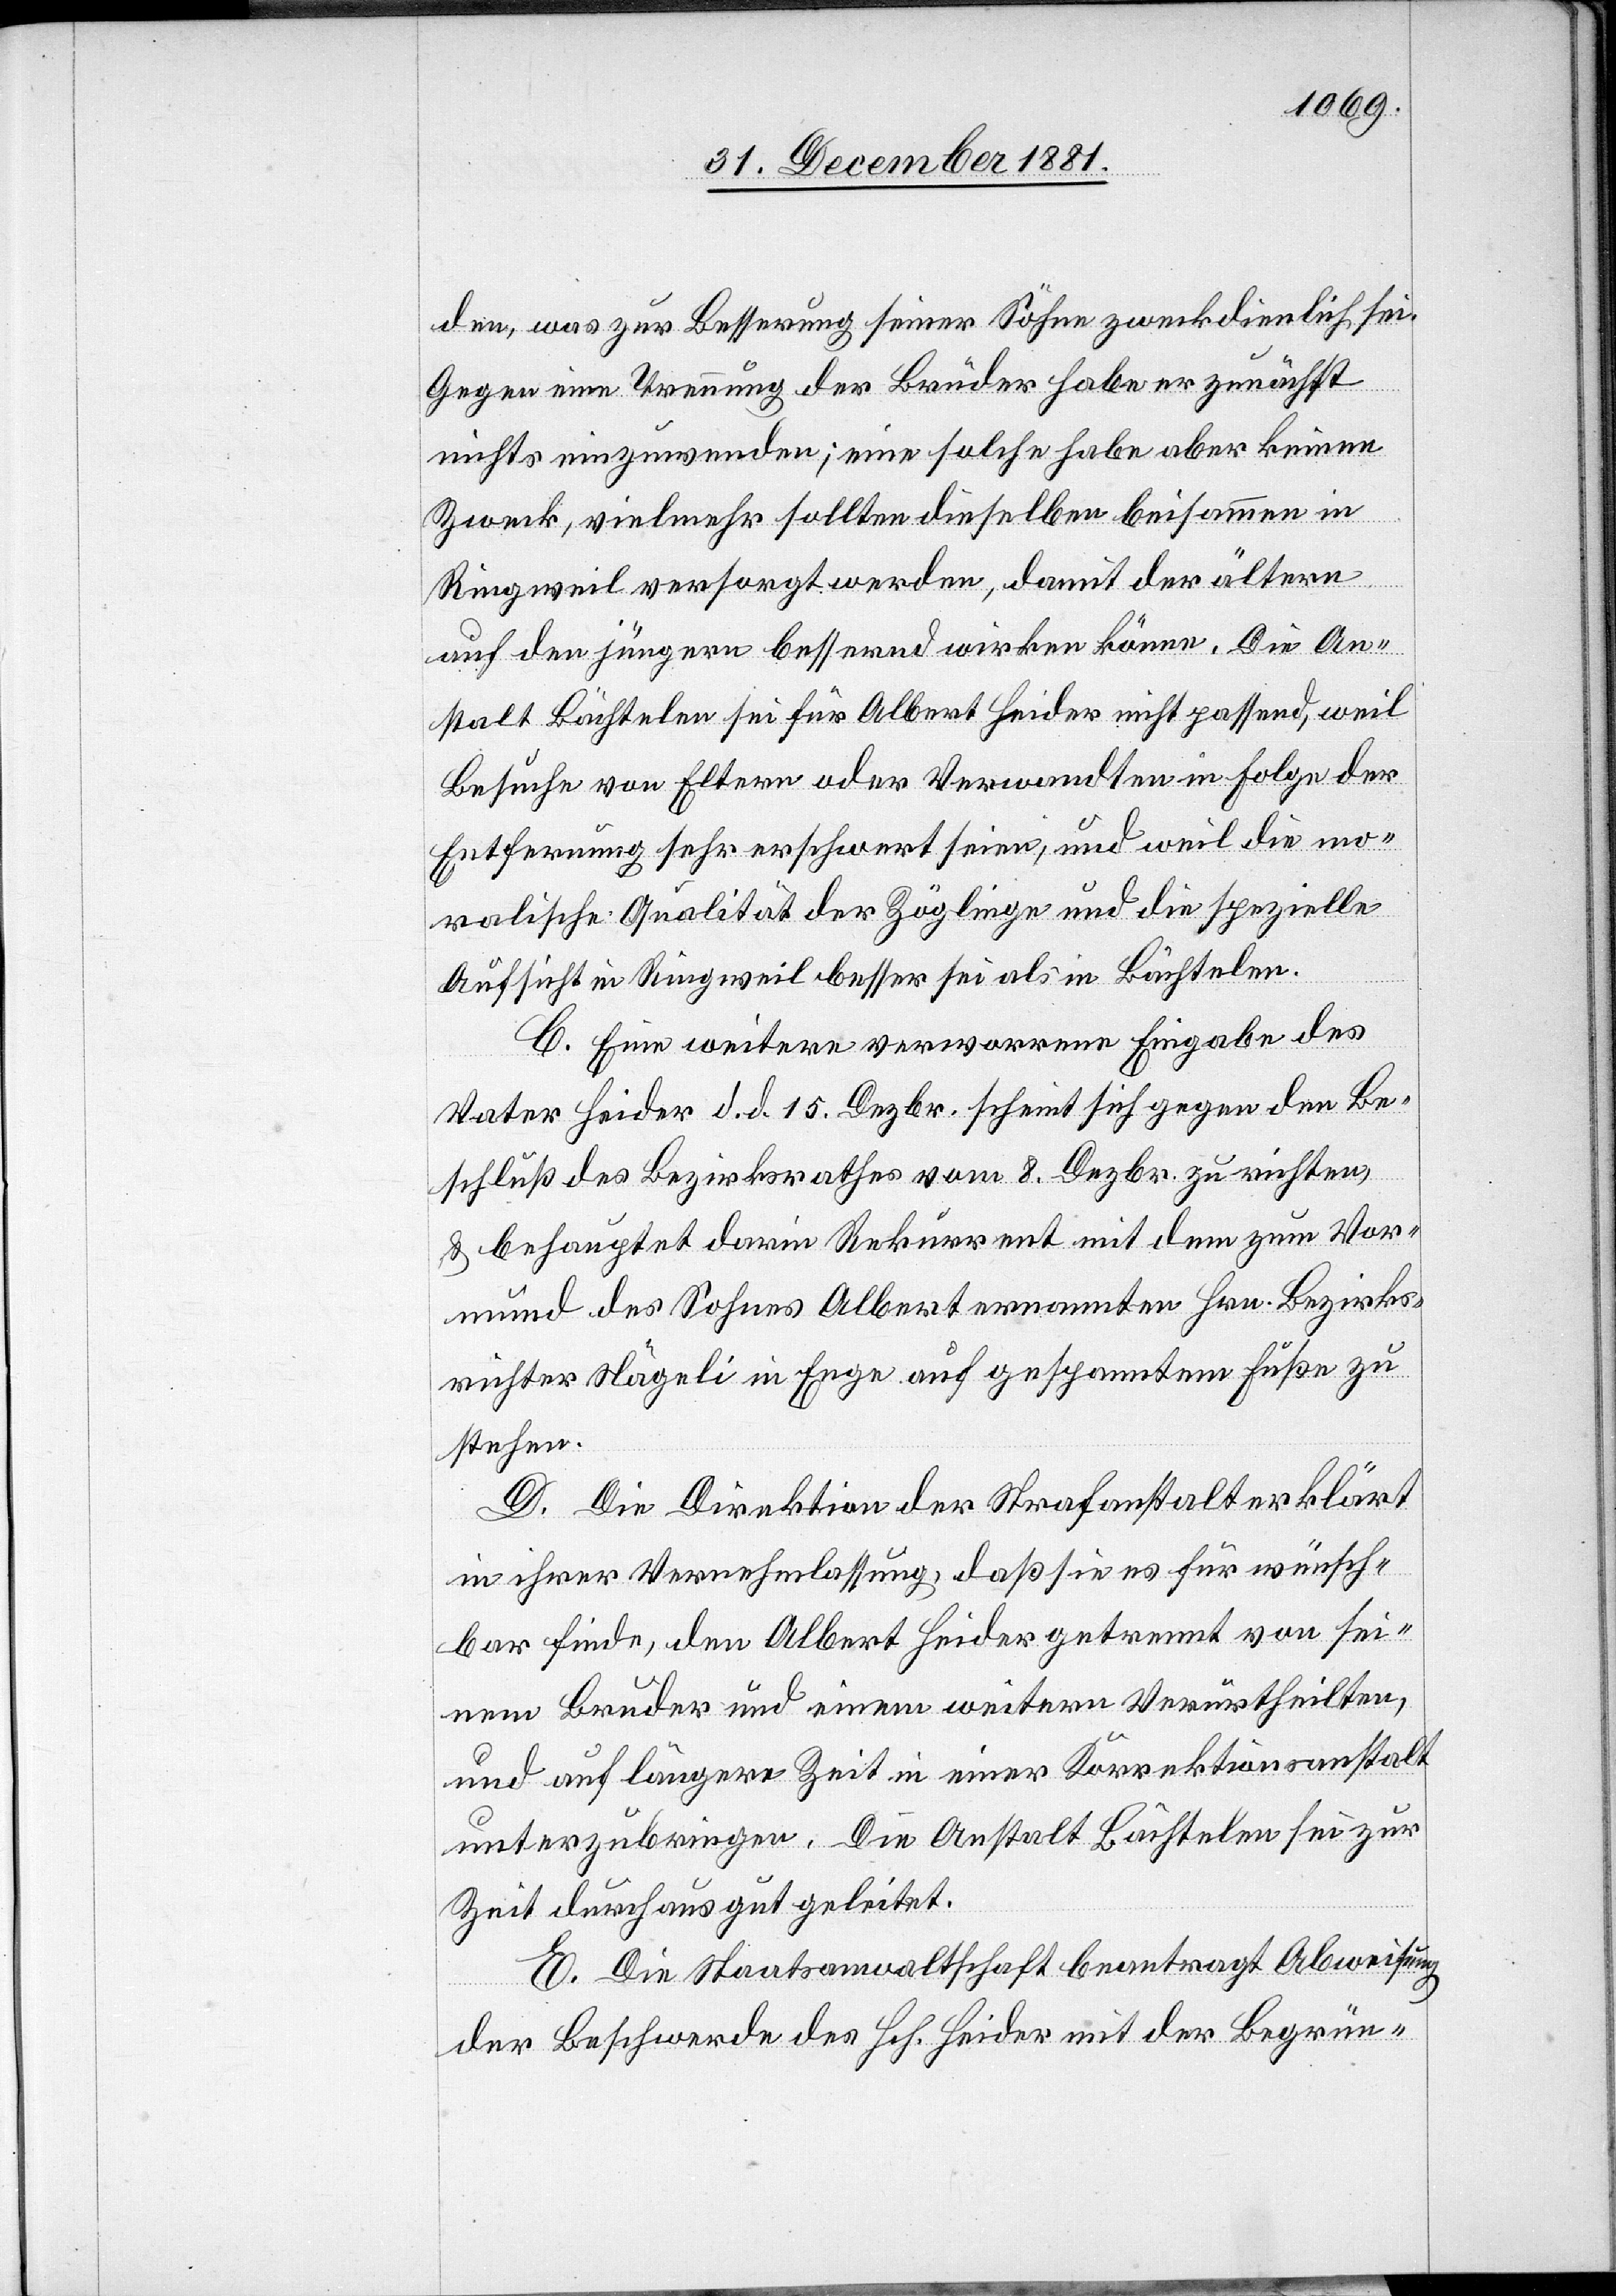
den, was zur Besserung seiner Söhne zweckdienlich sei.
Gegen eine Trennung der Brüder habe er zunächst
nichts einzuwenden; eine solche habe aber keinen
Zweck, vielmehr sollten dieselben beisammen in
Ringweil versorgt werden, damit der ältere
auf den jüngern bessernd wirken könne. Die An¬
stalt Bächtelen sei für Albert Heider nicht passend, weil
Besuche von Eltern oder Verwandten in Folge der
Entfernung sehr erschwert seien, und weil die mo¬
ralische Qualität der Zöglinge und die spezielle
Aufsicht in Ringweil besser sei als in Bächtelen.
C. Eine weitere verworrene Eingabe des
Vaters Heider d. d. 15. Dezbr. scheint sich gegen den Be¬
schluß des Bezirksrathes vom 8. Dezbr. zu richten,
& behauptet darin Rekurrent mit dem zum Vor¬
mund des Sohnes Albert ernannten Hrn. Bezirks¬
richter Nägeli in Enge auf gespanntem Fuße zu
stehen.
D. Die Direktion der Strafanstalt erklärt
in ihrer Vernehmlassung, daß sie es für wünsch¬
bar finde, den Albert Heider getrennt von sei¬
nem Bruder und einem weitern Verurtheilten,
und auf längere Zeit in einer Korrektionsanstalt
unterzubringen. Die Anstalt Bächtelen sei zur
Zeit durchaus gut geleitet.
E. Die Staatsanwaltschaft beantragt Abweisung
der Beschwerde des Hch. Heider mit der Begrün-